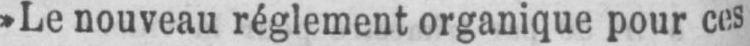
»Le nouveau réglement organique pour ces